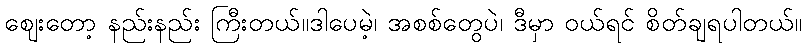
ဈေးတော့ နည်းနည်း ကြီးတယ်။ဒါပေမဲ့၊ အစစ်တွေပဲ၊ ဒီမှာ ဝယ်ရင် စိတ်ချရပါတယ်။